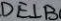
D E \bot B